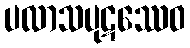
ပလာသပုဋဿေဝ